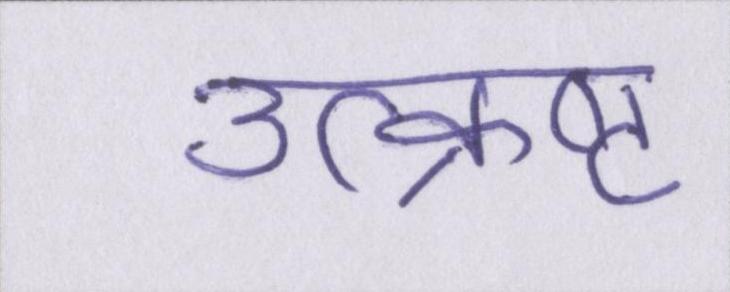
उत्क्रष्ट